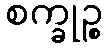
စက္ခုဉ္စ